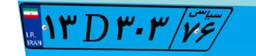
۸۲D۵۱۱۸۰